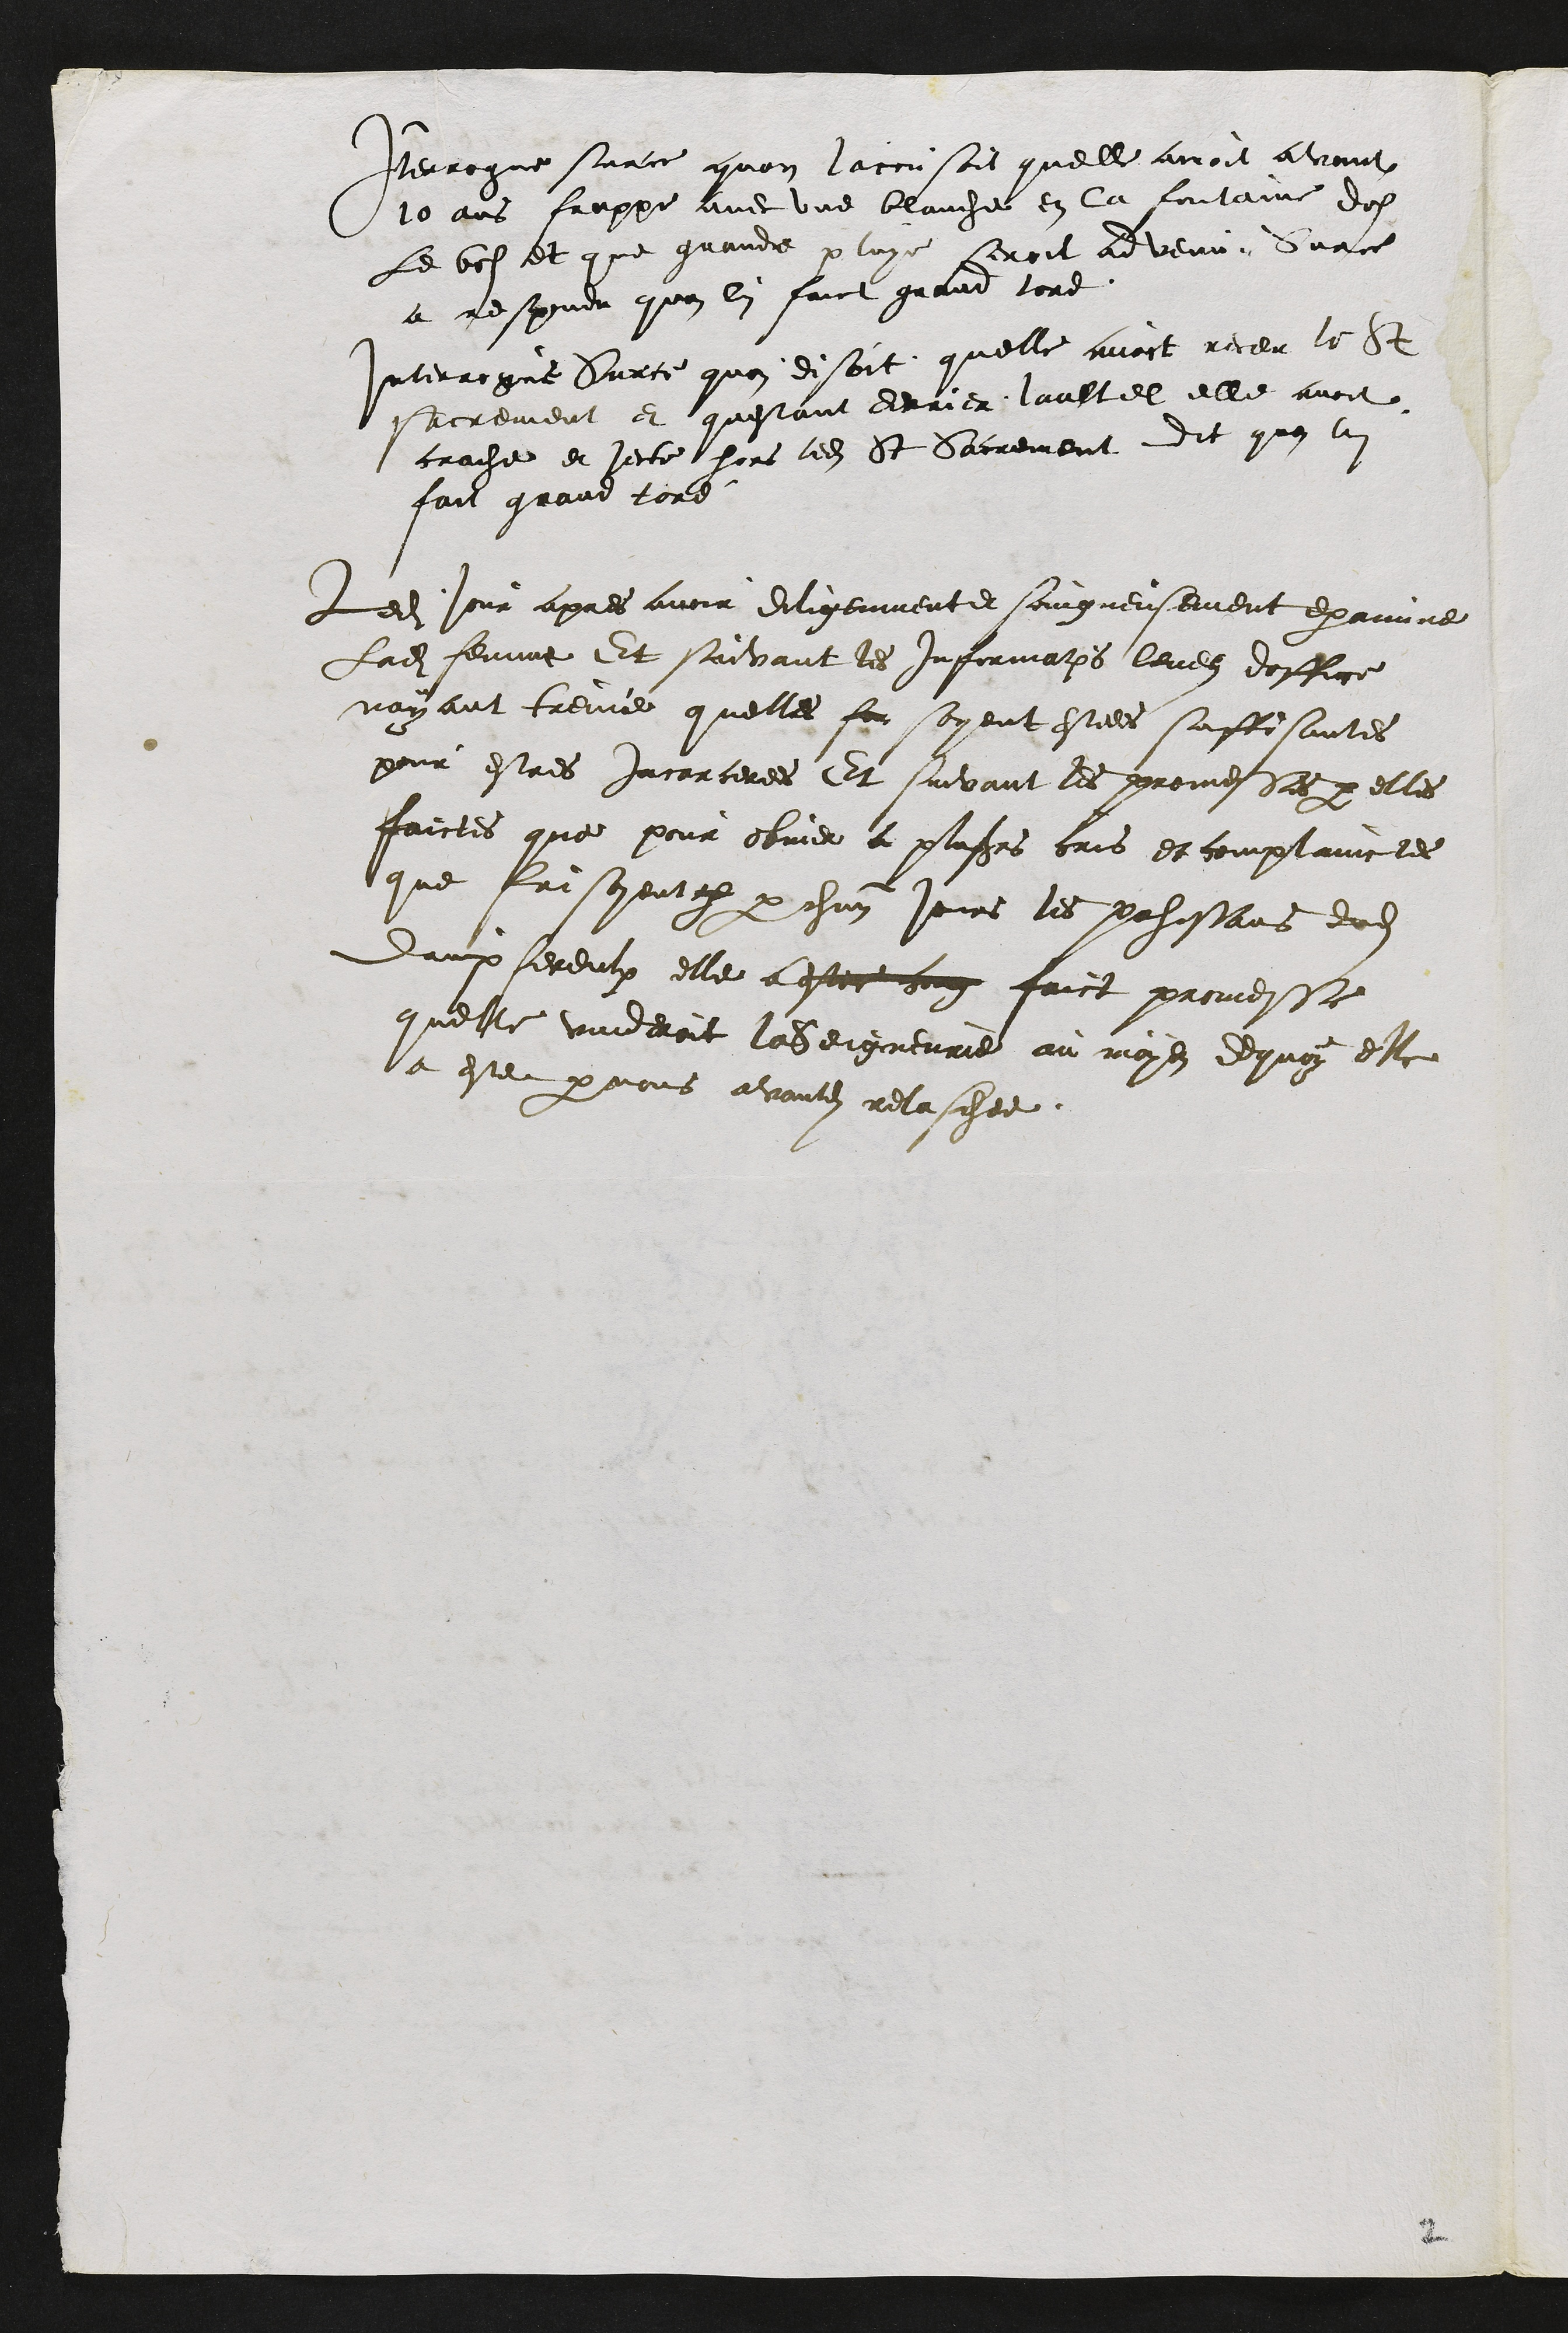
Interrogue surce quon laccusoit quelle avoit avant
10 ans frappe avec une blanche en la fontaine dos
Le bos et que grande pluye seroit advenu, Surce
a respondu quon lui faict grand tord.
Interrogue Surce quon disoit quelle avoit receu le St
sacrement et questant derrier laultel elle avoit
crache et jecte hors ledit St Sacrement dit quon lui
fait grand tord
Ledit jour apres avoir diligenment et soingneusement examine
ladite femme Et suivant les informations levees doffice
nayant treuvé quelles son soyent estees suffisantes
pour estres incarceres Et suivant les promesses par elles
faictes que pour obvier a plusieurs cris et complainctes
que faisoyent p par chascun jours les pahessans dudit
dampfereulx elle a estee cong faict promesse
quelle vindroit la Seigneurie au moyen de quoy elle
a estee par nous avantdits relaschee.